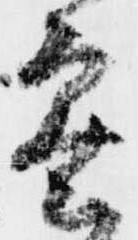
密